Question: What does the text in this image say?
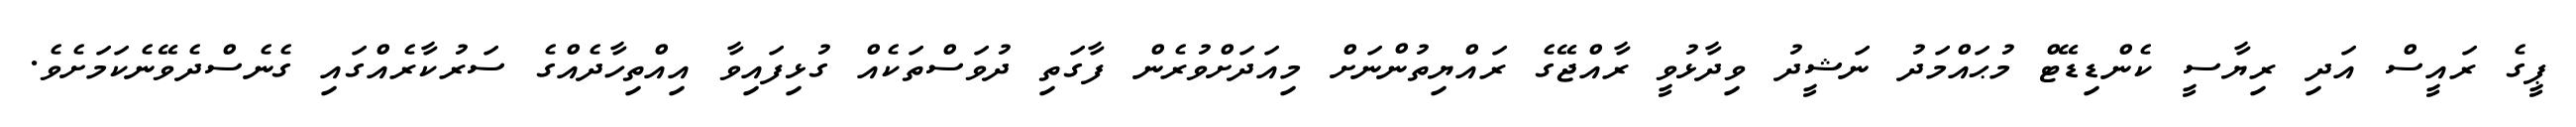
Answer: ޕީގެ ރައީސް އަދި ރިޔާސީ ކެންޑިޑޭޓް މުޙައްމަދު ނަޝީދު ވިދާޅުވީ ރާއްޖޭގެ ރައްޔިތުންނަށް މިއަދަށްވުރެން ފާގަތި ދުވަސްތަކެއް ގުޅިފައިވާ އިއްތިހާދެއްގެ ސަރުކާރެއްގައި ގެނެސްދެވޭނެކަމަށެވެ.